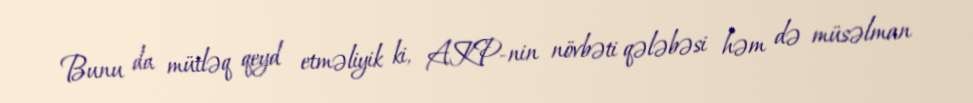
Bunu da mütləq qeyd etməliyik ki, AKP-nin növbəti qələbəsi həm də müsəlman